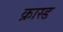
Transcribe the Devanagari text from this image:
क्रास्ड